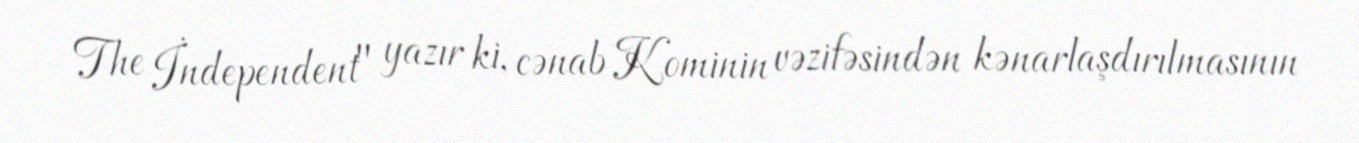
The İndependent" yazır ki, cənab Kominin vəzifəsindən kənarlaşdırılmasının